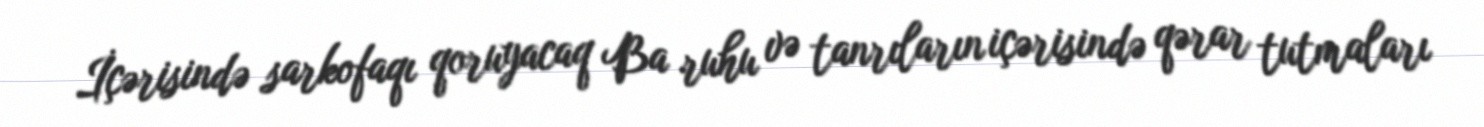
İçərisində sarkofaqı qoruyacaq Ba ruhu və tanrıların içərisində qərar tutmaları